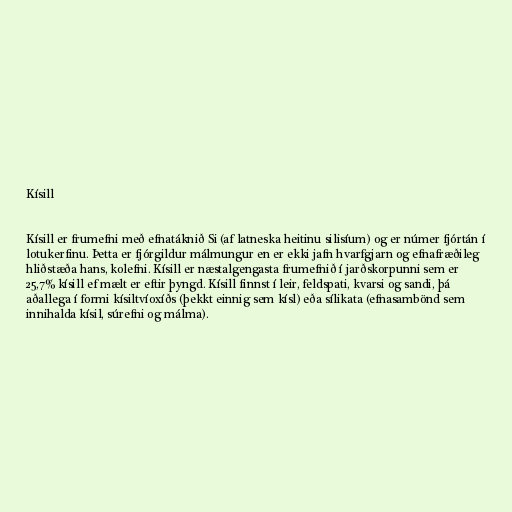
Kísill

Kísill er frumefni með efnatáknið Si (af latneska heitinu silisíum) og er númer fjórtán í
lotukerfinu. Þetta er fjórgildur málmungur en er ekki jafn hvarfgjarn og efnafræðileg
hliðstæða hans, kolefni. Kísill er næstalgengasta frumefnið í jarðskorpunni sem er
25,7% kísill ef mælt er eftir þyngd. Kísill finnst í leir, feldspati, kvarsi og sandi, þá
aðallega í formi kísiltvíoxíðs (þekkt einnig sem kísl) eða sílikata (efnasambönd sem
innihalda kísil, súrefni og málma).